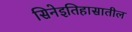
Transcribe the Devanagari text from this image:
सिनेइतिहासातील